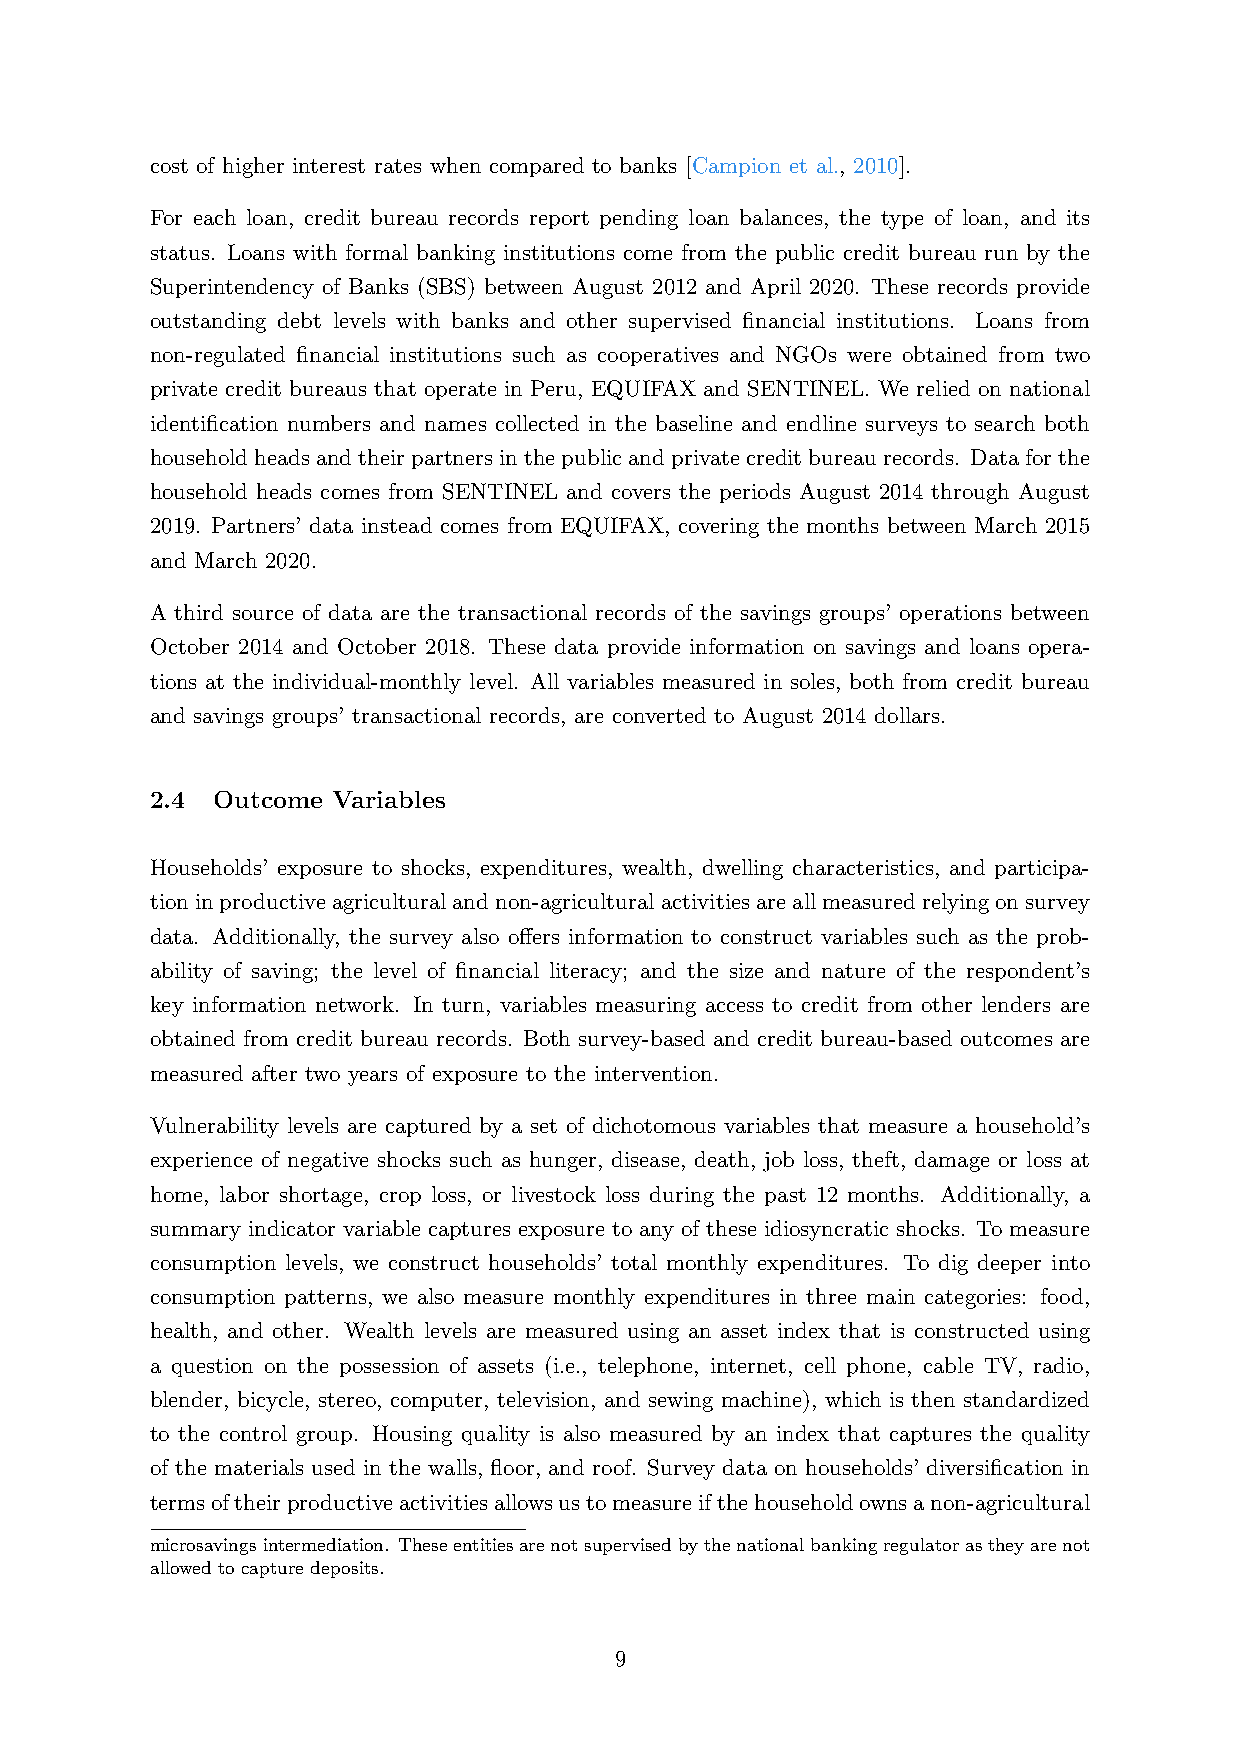
cost of higher interest rates when compared to banks [Campion et al., 2010].
 For each loan, credit bureau records report pending loan balances, the type of loan, and its
 status. Loans with formal banking institutions come from the public credit bureau run by the
 Superintendency of Banks (SBS) between August 2012 and April 2020. These records provide
 outstanding debt levels with banks and other supervised financial institutions. Loans from
 non-regulated financial institutions such as cooperatives and NGOs were obtained from two
 private credit bureaus that operate in Peru, EQUIFAX and SENTINEL. We relied on national
 identification numbers and names collected in the baseline and endline surveys to search both
 householdheadsandtheirpartnersinthepublicandprivatecreditbureaurecords. Dataforthe
 household heads comes from SENTINEL and covers the periods August 2014 through August
 2019. Partners’ data instead comes from EQUIFAX, covering the months between March 2015
 and March 2020.
 A third source of data are the transactional records of the savings groups’ operations between
 October 2014 and October 2018. These data provide information on savings and loans opera-
 tions at the individual-monthly level. All variables measured in soles, both from credit bureau
 and savings groups’ transactional records, are converted to August 2014 dollars.
 2.4 Outcome Variables
 Households’ exposure to shocks, expenditures, wealth, dwelling characteristics, and participa-
 tioninproductiveagriculturalandnon-agriculturalactivitiesareallmeasuredrelyingonsurvey
 data. Additionally, the survey also offers information to construct variables such as the prob-
 ability of saving; the level of financial literacy; and the size and nature of the respondent’s
 key information network. In turn, variables measuring access to credit from other lenders are
 obtained from credit bureau records. Both survey-based and credit bureau-based outcomes are
 measured after two years of exposure to the intervention.
 Vulnerability levels are captured by a set of dichotomous variables that measure a household’s
 experience of negative shocks such as hunger, disease, death, job loss, theft, damage or loss at
 home, labor shortage, crop loss, or livestock loss during the past 12 months. Additionally, a
 summary indicator variable captures exposure to any of these idiosyncratic shocks. To measure
 consumption levels, we construct households’ total monthly expenditures. To dig deeper into
 consumption patterns, we also measure monthly expenditures in three main categories: food,
 health, and other. Wealth levels are measured using an asset index that is constructed using
 a question on the possession of assets (i.e., telephone, internet, cell phone, cable TV, radio,
 blender, bicycle, stereo, computer, television, and sewing machine), which is then standardized
 to the control group. Housing quality is also measured by an index that captures the quality
 of the materials used in the walls, floor, and roof. Survey data on households’ diversification in
 termsoftheirproductiveactivitiesallowsustomeasureifthehouseholdownsanon-agricultural
 microsavingsintermediation. Theseentitiesarenotsupervisedbythenationalbankingregulatorastheyarenot
 allowed to capture deposits.
 9